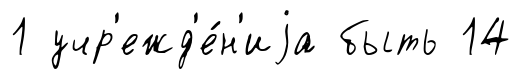
1 учр'ежд'е́н'иjа быть 14